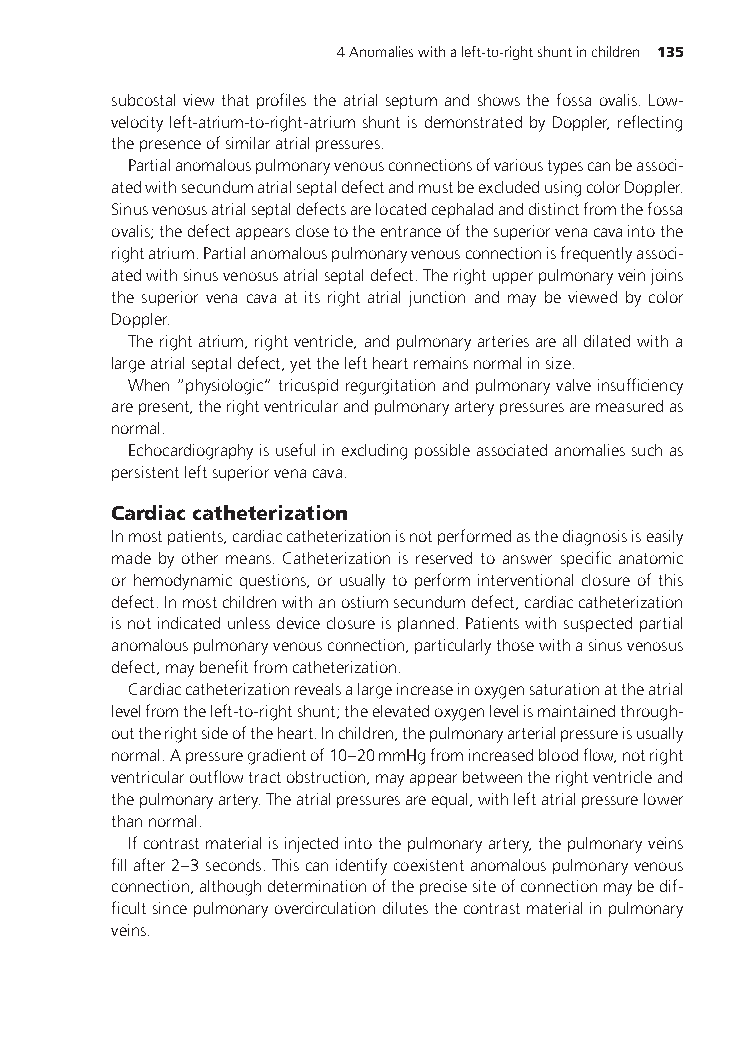
4Anomalieswithaleft-to-rightshuntinchildren 135
 subcostal viewthatprofilestheatrialseptumandshowsthefossaovalis.Low-
 velocityleft-atrium-to-right-atriumshuntisdemonstratedbyDoppler,reflecting
 thepresenceofsimilaratrialpressures.
 Partialanomalouspulmonaryvenousconnectionsofvarioustypescanbeassoci-
 atedwithsecundumatrialseptaldefectandmustbeexcludedusingcolorDoppler.
 Sinusvenosusatrialseptaldefectsarelocatedcephaladanddistinctfromthefossa
 ovalis;thedefectappearsclosetotheentranceofthesuperiorvenacavaintothe
 rightatrium.Partialanomalouspulmonaryvenousconnectionisfrequentlyassoci-
 atedwithsinusvenosusatrialseptaldefect.Therightupperpulmonaryveinjoins
 the superior vena cava at its right atrial junction and may be viewed by color
 Doppler.
 Therightatrium,rightventricle,andpulmonaryarteriesarealldilatedwitha
 largeatrialseptaldefect,yettheleftheartremainsnormalinsize.
 When“physiologic”tricuspidregurgitationandpulmonaryvalveinsufficiency
 arepresent,therightventricularandpulmonaryarterypressuresaremeasuredas
 normal.
 Echocardiographyisusefulinexcludingpossibleassociatedanomaliessuchas
 persistentleftsuperiorvenacava.
 Cardiaccatheterization
 Inmostpatients,cardiaccatheterizationisnotperformedasthediagnosisiseasily
 made by other means. Catheterization is reserved to answer specific anatomic
 or hemodynamic questions, or usually to perform interventional closure of this
 defect.Inmostchildrenwithanostiumsecundumdefect,cardiaccatheterization
 isnotindicatedunlessdeviceclosureisplanned.Patientswithsuspectedpartial
 anomalouspulmonaryvenousconnection,particularlythosewithasinusvenosus
 defect,maybenefitfromcatheterization.
 Cardiaccatheterizationrevealsalargeincreaseinoxygensaturationattheatrial
 levelfromtheleft-to-rightshunt;theelevatedoxygenlevelismaintainedthrough-
 outtherightsideoftheheart.Inchildren,thepulmonaryarterialpressureisusually
 normal.Apressuregradientof10–20mmHgfromincreasedbloodflow,notright
 ventricularoutflowtractobstruction,mayappearbetweentherightventricleand
 thepulmonaryartery.Theatrialpressuresareequal,withleftatrialpressurelower
 thannormal.
 Ifcontrastmaterialisinjectedintothepulmonaryartery,thepulmonaryveins
 fillafter2–3seconds.Thiscanidentifycoexistentanomalouspulmonaryvenous
 connection,althoughdeterminationoftheprecisesiteofconnectionmaybedif-
 ficultsincepulmonaryovercirculationdilutesthecontrastmaterialinpulmonary
 veins.